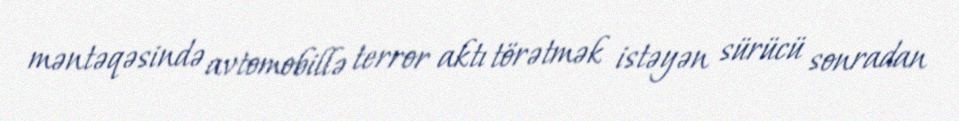
məntəqəsində avtomobillə terror aktı törətmək istəyən sürücü sonradan